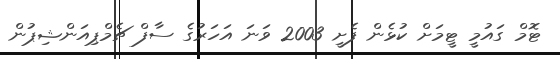
ޓޮމް ގައުމީ ޓީމަށް ކުޅެން ފެށީ 2003 ވަނަ އަހަރުގެ ސާފް ޗެމްޕިއަންޝިޕުން